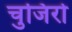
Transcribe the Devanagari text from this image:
चुजिरो